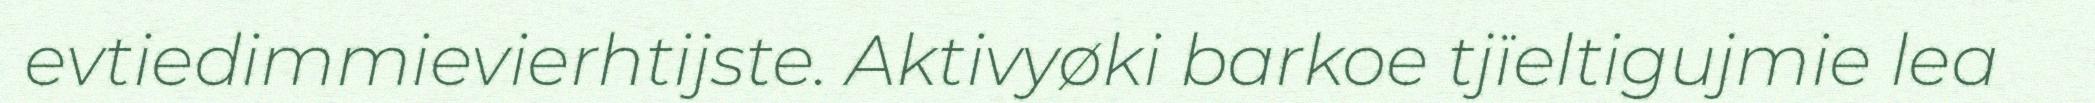
evtiedimmievierhtijste. Aktivyøki barkoe tjïeltigujmie lea